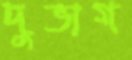
দুভাগ